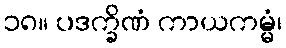
၁၈။ ပဒက္ခိဏံ ကာယကမ္မံ၊